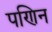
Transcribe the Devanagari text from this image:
पणिन